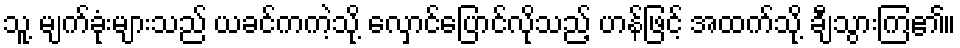
သူ့ မျက်ခုံးများသည် ယခင်ကကဲ့သို့ လှောင်ပြောင်လိုသည့် ဟန်ဖြင့် အထက်သို့ ချီသွားကြ၏။